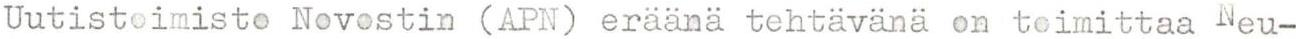
Uutistoimisto Novostin (APN) eräänä tehtävänä on toimittaa Neu-